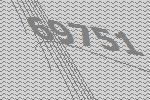
69751